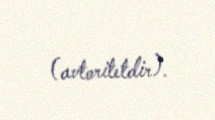
(avtoritetdir).